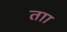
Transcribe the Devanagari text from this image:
ताा